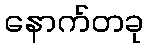
နောက်တခု